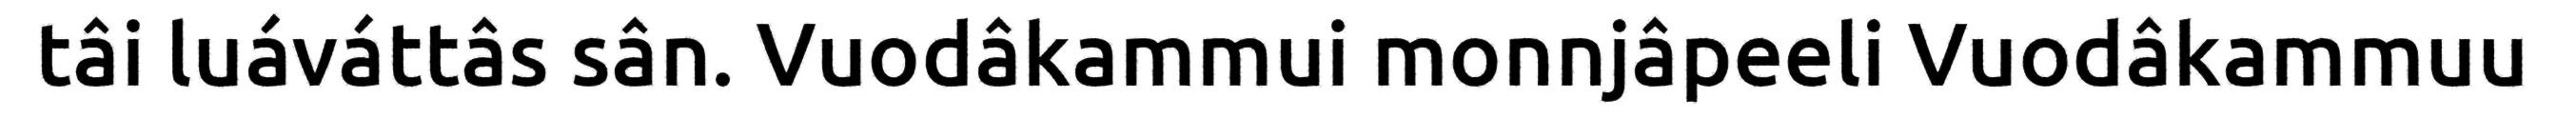
tâi luáváttâs sân. Vuodâkammui monnjâpeeli Vuodâkammuu